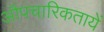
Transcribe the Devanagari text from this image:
औपचारिकतायें